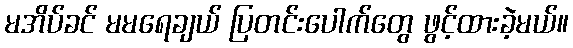
မအိပ်ခင် မမရေချယ် ပြတင်းပေါက်တွေ ဖွင့်ထားခဲ့မယ်။